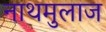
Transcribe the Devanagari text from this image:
नाथमुलाज